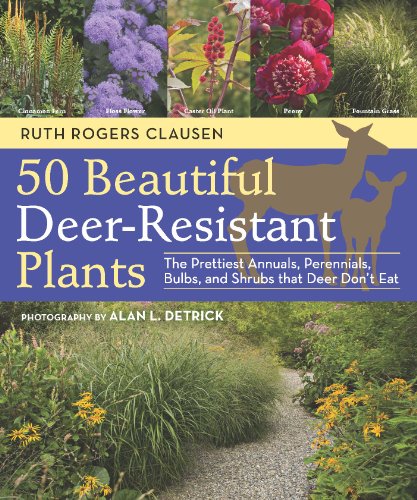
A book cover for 50 Beautiful Deer-Resistant Plants: The Prettiest Annuals, Perennials, Bulbs, and Shrubs that Deer Don't Eat; Ruth Rogers Clausen; Crafts, Hobbies & Home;